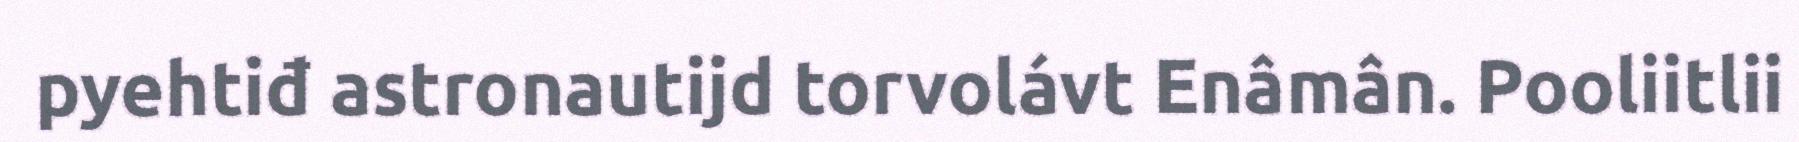
pyehtiđ astronautijd torvolávt Enâmân. Pooliitlii